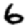
Digit: 6